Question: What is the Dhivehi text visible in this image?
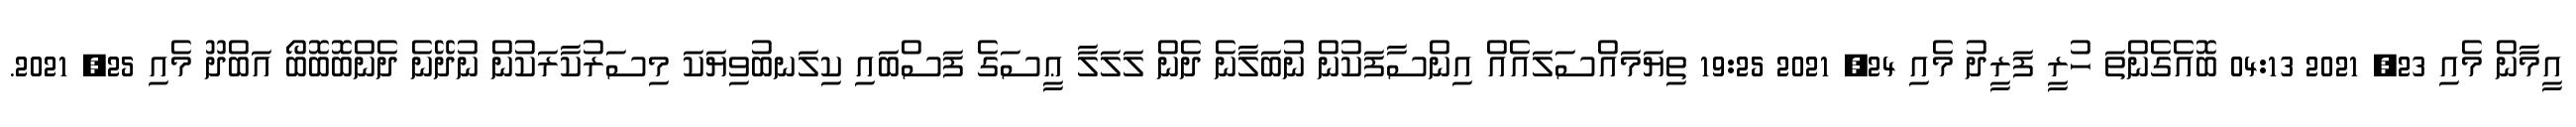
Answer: އީމާން މެއި 23, 2021 04:13 ބޮއެގެންތަ ހުރީ ފަރީދު މެއި 24, 2021 19:25 ތިޔަމައްސަލައެއް އިންސާފަކުން ނުބަލާނެ ދެން ލަލަލާ ޢީސަގެ ފަސްބައި ކިލަނބުވިޔަކަ މިސަރުކާރަކުން ނުދޭނެ ދެންބޮބޮބޯ އަބްދޫ މެއި 25, 2021.